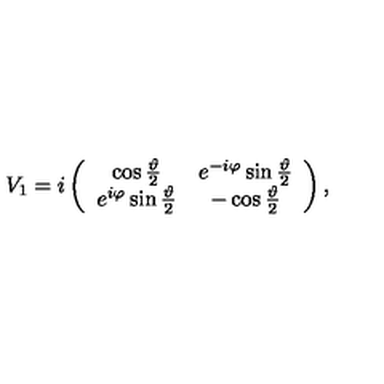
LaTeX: V _ { 1 } = i \left( \begin{array} { c c } { \cos \frac { \vartheta } { 2 } } & { e ^ { - i \varphi } \sin \frac { \vartheta } { 2 } } \\ { e ^ { i \varphi } \sin \frac { \vartheta } { 2 } } & { - \cos \frac { \vartheta } { 2 } } \\ \end{array} \right) ,